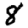
Digit: 8